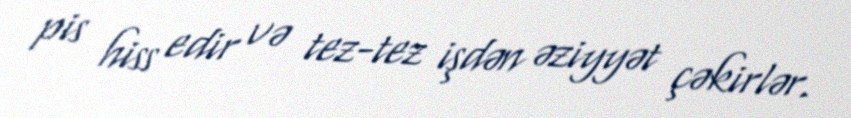
pis hiss edir və tez-tez işdən əziyyət çəkirlər.